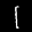
Label: 1